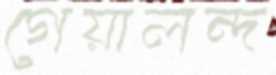
গেয়ালন্দ